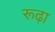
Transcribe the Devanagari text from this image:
रूढ़ा